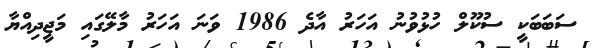
ސަބަބަކީ ސުކޫލް ހުޅުވުނު އަހަރު އާދެ 1986 ވަނަ އަހަރު މާލޭގައި މަޖީދިއްޔާ